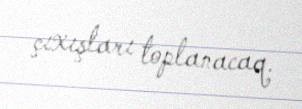
çıxışları toplanacaq.